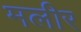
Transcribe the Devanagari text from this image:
मलीर